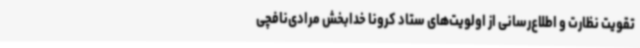
تقویت نظارت و اطلاع‌رسانی از اولویت‌های ستاد کرونا خدابخش مرادی‌نافچی